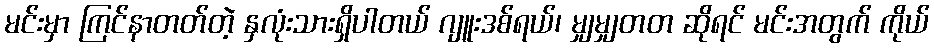
မင်းမှာ ကြင်နာတတ်တဲ့ နှလုံးသားရှိပါတယ် ဂျူးဒစ်ရယ်၊ မျှမျှတတ ဆိုရင် မင်းအတွက် ကိုယ်